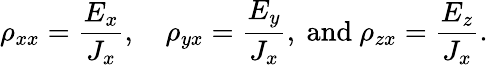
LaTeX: \rho_{xx}={\frac{E_{x}}{J_{x}}},\quad\rho_{yx}={\frac{E_{y}}{J_{x}}},{\mathrm{~and~}}\rho_{zx}={\frac{E_{z}}{J_{x}}}.